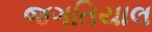
જગતિયાલ